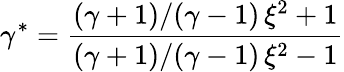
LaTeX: \gamma^{*}=\frac{(\gamma+1)/(\gamma-1)\, \xi^{2}+1}{(\gamma+1)/(\gamma-1)\, \xi^{2}-1}